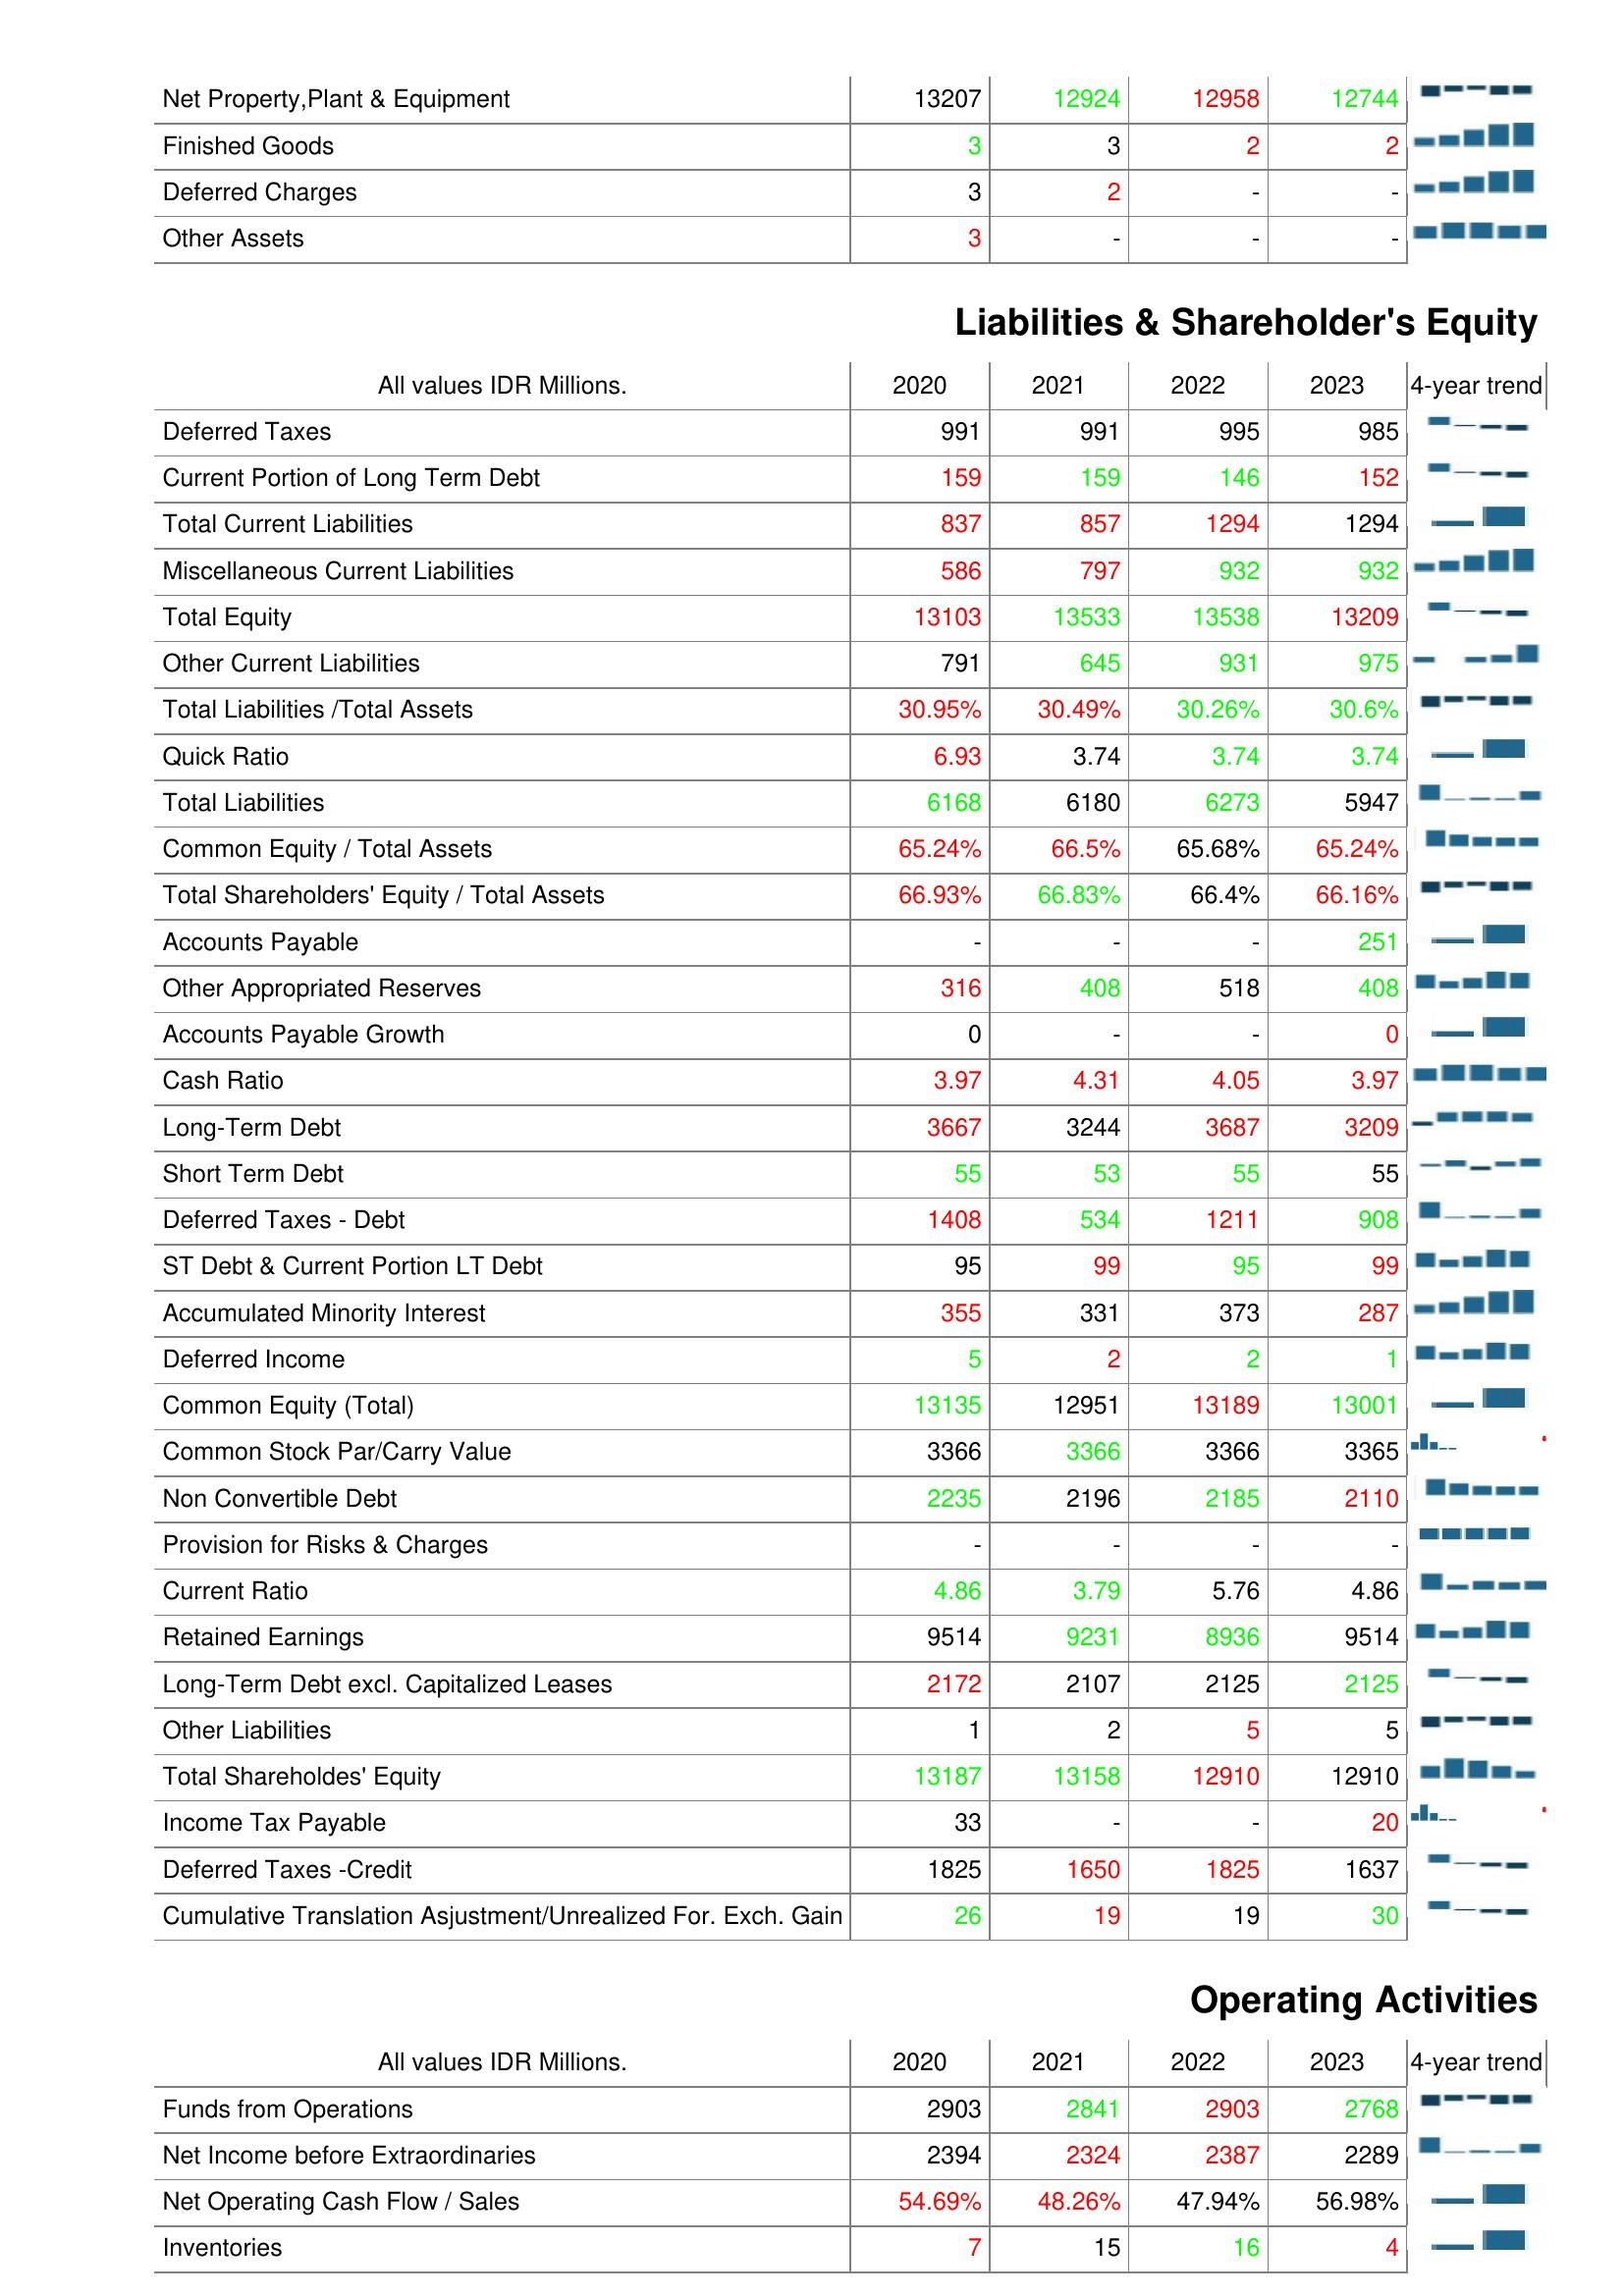
2020: Assets: Net Property,Plant & Equipment: 13207
Finished Goods: 3
Deferred Charges: 3
Other Assets: 3
Liabilities & Shareholder's Equity: Deferred Taxes: 991
Current Portion of Long Term Debt: 159
Total Current Liabilities: 837
Miscellaneous Current Liabilities: 586
Total Equity: 13103
Other Current Liabilities: 791
Total Liabilities /Total Assets: 30.95%
Quick Ratio: 6.93
Total Liabilities: 6168
Common Equity / Total Assets: 65.24%
Total Shareholders' Equity / Total Assets: 66.93%
Accounts Payable: -
Other Appropriated Reserves: 316
Accounts Payable Growth: 0
Cash Ratio: 3.97
Long-Term Debt: 3667
Short Term Debt: 55
Deferred Taxes - Debt: 1408
ST Debt & Current Portion LT Debt: 95
Accumulated Minority Interest: 355
Deferred Income: 5
Common Equity (Total): 13135
Common Stock Par/Carry Value: 3366
Non Convertible Debt: 2235
Provision for Risks & Charges: -
Current Ratio: 4.86
Retained Earnings: 9514
Long-Term Debt excl. Capitalized Leases: 2172
Other Liabilities: 1
Total Shareholdes' Equity: 13187
Income Tax Payable: 33
Deferred Taxes -Credit: 1825
Cumulative Translation Asjustment/Unrealized For. Exch. Gain: 26
Operating Activities: Funds from Operations: 2903
Net Income before Extraordinaries: 2394
Net Operating Cash Flow / Sales: 54.69%
Inventories: 7
2021: Assets: Net Property,Plant & Equipment: 12924
Finished Goods: 3
Deferred Charges: 2
Other Assets: -
Liabilities & Shareholder's Equity: Deferred Taxes: 991
Current Portion of Long Term Debt: 159
Total Current Liabilities: 857
Miscellaneous Current Liabilities: 797
Total Equity: 13533
Other Current Liabilities: 645
Total Liabilities /Total Assets: 30.49%
Quick Ratio: 3.74
Total Liabilities: 6180
Common Equity / Total Assets: 66.5%
Total Shareholders' Equity / Total Assets: 66.83%
Accounts Payable: -
Other Appropriated Reserves: 408
Accounts Payable Growth: -
Cash Ratio: 4.31
Long-Term Debt: 3244
Short Term Debt: 53
Deferred Taxes - Debt: 534
ST Debt & Current Portion LT Debt: 99
Accumulated Minority Interest: 331
Deferred Income: 2
Common Equity (Total): 12951
Common Stock Par/Carry Value: 3366
Non Convertible Debt: 2196
Provision for Risks & Charges: -
Current Ratio: 3.79
Retained Earnings: 9231
Long-Term Debt excl. Capitalized Leases: 2107
Other Liabilities: 2
Total Shareholdes' Equity: 13158
Income Tax Payable: -
Deferred Taxes -Credit: 1650
Cumulative Translation Asjustment/Unrealized For. Exch. Gain: 19
Operating Activities: Funds from Operations: 2841
Net Income before Extraordinaries: 2324
Net Operating Cash Flow / Sales: 48.26%
Inventories: 15
2022: Assets: Net Property,Plant & Equipment: 12958
Finished Goods: 2
Deferred Charges: -
Other Assets: -
Liabilities & Shareholder's Equity: Deferred Taxes: 995
Current Portion of Long Term Debt: 146
Total Current Liabilities: 1294
Miscellaneous Current Liabilities: 932
Total Equity: 13538
Other Current Liabilities: 931
Total Liabilities /Total Assets: 30.26%
Quick Ratio: 3.74
Total Liabilities: 6273
Common Equity / Total Assets: 65.68%
Total Shareholders' Equity / Total Assets: 66.4%
Accounts Payable: -
Other Appropriated Reserves: 518
Accounts Payable Growth: -
Cash Ratio: 4.05
Long-Term Debt: 3687
Short Term Debt: 55
Deferred Taxes - Debt: 1211
ST Debt & Current Portion LT Debt: 95
Accumulated Minority Interest: 373
Deferred Income: 2
Common Equity (Total): 13189
Common Stock Par/Carry Value: 3366
Non Convertible Debt: 2185
Provision for Risks & Charges: -
Current Ratio: 5.76
Retained Earnings: 8936
Long-Term Debt excl. Capitalized Leases: 2125
Other Liabilities: 5
Total Shareholdes' Equity: 12910
Income Tax Payable: -
Deferred Taxes -Credit: 1825
Cumulative Translation Asjustment/Unrealized For. Exch. Gain: 19
Operating Activities: Funds from Operations: 2903
Net Income before Extraordinaries: 2387
Net Operating Cash Flow / Sales: 47.94%
Inventories: 16
2023: Assets: Net Property,Plant & Equipment: 12744
Finished Goods: 2
Deferred Charges: -
Other Assets: -
Liabilities & Shareholder's Equity: Deferred Taxes: 985
Current Portion of Long Term Debt: 152
Total Current Liabilities: 1294
Miscellaneous Current Liabilities: 932
Total Equity: 13209
Other Current Liabilities: 975
Total Liabilities /Total Assets: 30.6%
Quick Ratio: 3.74
Total Liabilities: 5947
Common Equity / Total Assets: 65.24%
Total Shareholders' Equity / Total Assets: 66.16%
Accounts Payable: 251
Other Appropriated Reserves: 408
Accounts Payable Growth: 0
Cash Ratio: 3.97
Long-Term Debt: 3209
Short Term Debt: 55
Deferred Taxes - Debt: 908
ST Debt & Current Portion LT Debt: 99
Accumulated Minority Interest: 287
Deferred Income: 1
Common Equity (Total): 13001
Common Stock Par/Carry Value: 3365
Non Convertible Debt: 2110
Provision for Risks & Charges: -
Current Ratio: 4.86
Retained Earnings: 9514
Long-Term Debt excl. Capitalized Leases: 2125
Other Liabilities: 5
Total Shareholdes' Equity: 12910
Income Tax Payable: 20
Deferred Taxes -Credit: 1637
Cumulative Translation Asjustment/Unrealized For. Exch. Gain: 30
Operating Activities: Funds from Operations: 2768
Net Income before Extraordinaries: 2289
Net Operating Cash Flow / Sales: 56.98%
Inventories: 4